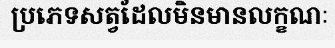
ប្រភេទសត្វដែលមិនមានលក្ខណៈ